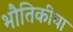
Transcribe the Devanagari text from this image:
भौतिकीचा